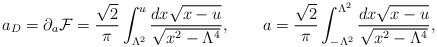
\begin{align*}a_D=\partial_a{\cal F}={\sqrt 2\over \pi}\int_{\Lambda^2}^u {dx \sqrt{x-u}\over \sqrt{x^2-{\Lambda^4}}},\qquad a={\sqrt 2\over\pi}\int_{-{\Lambda^2}}^{\Lambda^2}{dx \sqrt{x-u}\over \sqrt{x^2-{\Lambda^4}}},\end{align*}